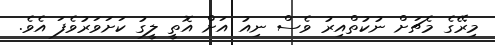
މިރޭގެ މެޗަށް ނުކުތްއިރު ވެސް ނިއު އަށް އޮތީ ލީގު ކަށަވަރުވެފަ އެވެ.